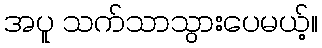
အပူ သက်သာသွားပေမယ့်။